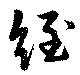
絰